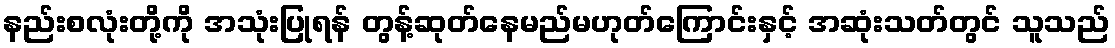
နည်းစလုံးတို့ကို အသုံးပြုရန် တွန့်ဆုတ်နေမည်မဟုတ်ကြောင်းနှင့် အဆုံးသတ်တွင် သူသည်